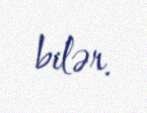
bilər.